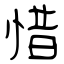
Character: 惜